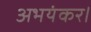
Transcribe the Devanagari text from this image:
अभयंकर।